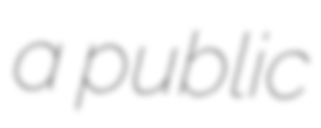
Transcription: a public